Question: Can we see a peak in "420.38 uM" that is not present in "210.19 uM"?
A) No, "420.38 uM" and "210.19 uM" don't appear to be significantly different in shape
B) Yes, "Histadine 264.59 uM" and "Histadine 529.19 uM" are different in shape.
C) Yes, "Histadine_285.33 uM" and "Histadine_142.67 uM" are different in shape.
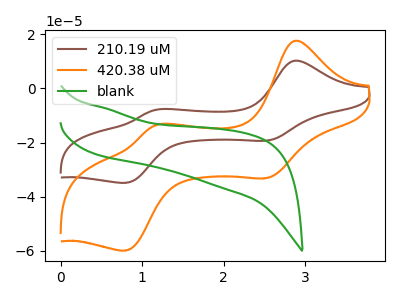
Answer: <think>The brown curve "210.19 uM" has anodic peaks at (2.85V, 10.20uA) (1.15V, -7.90uA) and cathodic peaks at (2.55V, -19.25uA) (0.80V, -34.85uA). The orange curve "420.38 uM" has anodic peaks at (2.85V, 17.55uA) (1.15V, -13.60uA) and cathodic peaks at (2.55V, -33.10uA) (0.80V, -59.90uA). The green curve "blank" has no peaks.
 All the peaks in "420.38 uM" have a peak in "210.19 uM" at the same potential.</think>
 <answer>A) No, "420.38 uM" and "210.19 uM" don't appear to be significantly different in shape</answer>
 <eval>A</eval>